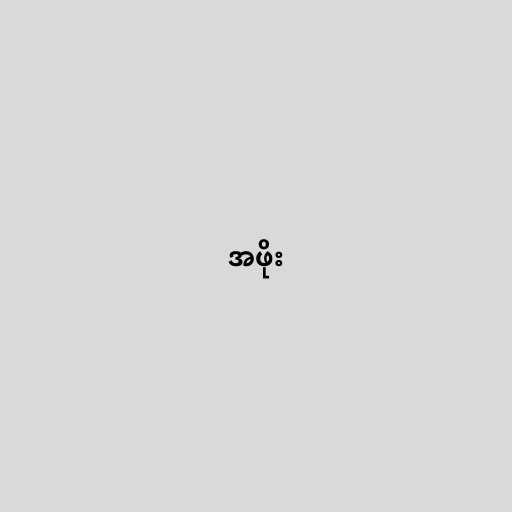
အဖိုး